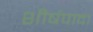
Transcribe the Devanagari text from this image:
शीर्षपादा